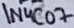
Text: 1N4C07